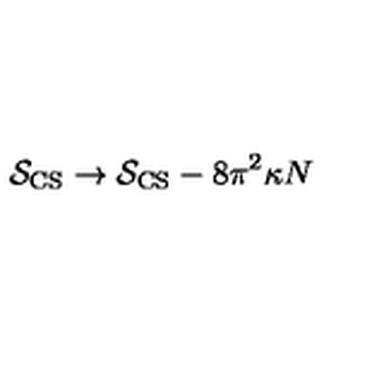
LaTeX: { \cal S } _ { \mathrm { C S } } \to { \cal S } _ { \mathrm { C S } } - 8 \pi ^ { 2 } \kappa N